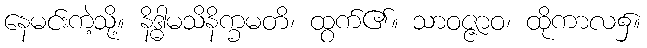
နေမင်းကဲ့သို့။ နိဒ္ဓါမသိနိက္ခမတိ၊ ထွက်၏။ သာဝဇ္ဇာဝ၊ ထိုကာလ၌။